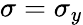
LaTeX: \sigma=\sigma_{y}